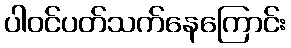
ပါဝင်ပတ်သက်နေကြောင်း